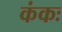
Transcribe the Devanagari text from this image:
कंकः